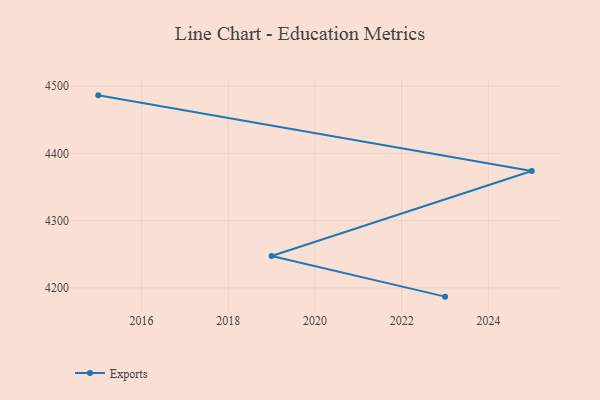
{"axis": {"x": "Year", "y": "LTV (USD)"}, "legend": ["Exports"], "data": [{"x": "2023", "y": 4187.1, "type": "Exports"}, {"x": "2019", "y": 4247.5, "type": "Exports"}, {"x": "2025", "y": 4373.9, "type": "Exports"}, {"x": "2015", "y": 4486.3, "type": "Exports"}]}